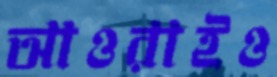
আওরাইও